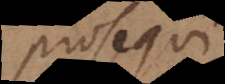
prosequi